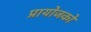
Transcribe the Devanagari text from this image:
प्रायोजको